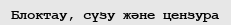
Блоктау, сүзу және цензура